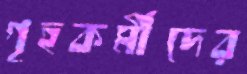
গৃহকর্মীদের